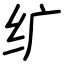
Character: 纩